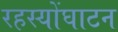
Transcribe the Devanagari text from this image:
रहस्योंघाटन